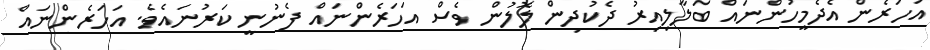
އަހަރެން އެދެމީހުންނައް ބަލާލިއިރު ދެކުދިން ލޮލުން ވެސް އަހަރެންނައް ފެނުނީ ކަރުނައެވެ. އަހަރެންނައް